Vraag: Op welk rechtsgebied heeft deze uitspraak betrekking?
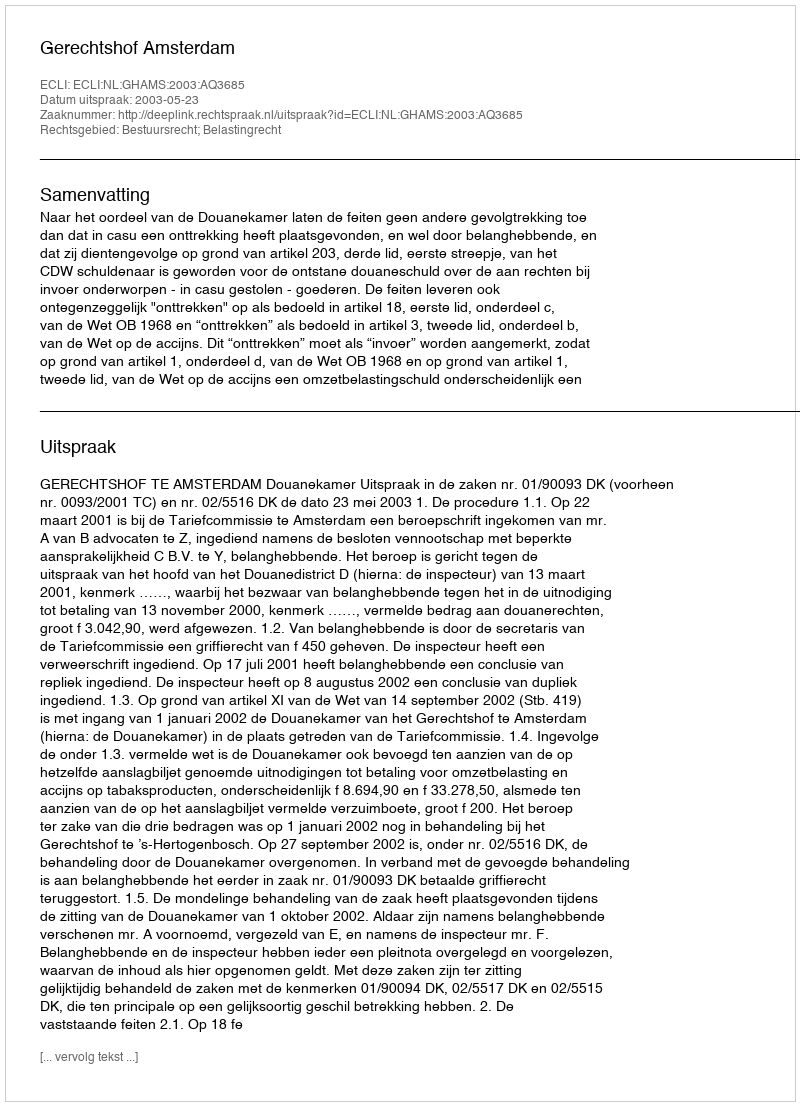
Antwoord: Bestuursrecht; Belastingrecht